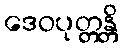
ဒေဝပုတ္တန္တိ